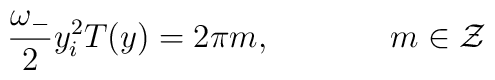
\frac{\omega_-}{2} y_i^2 T(y) =  2 \pi m , \hskip 1.5cm m \in {\cal Z}